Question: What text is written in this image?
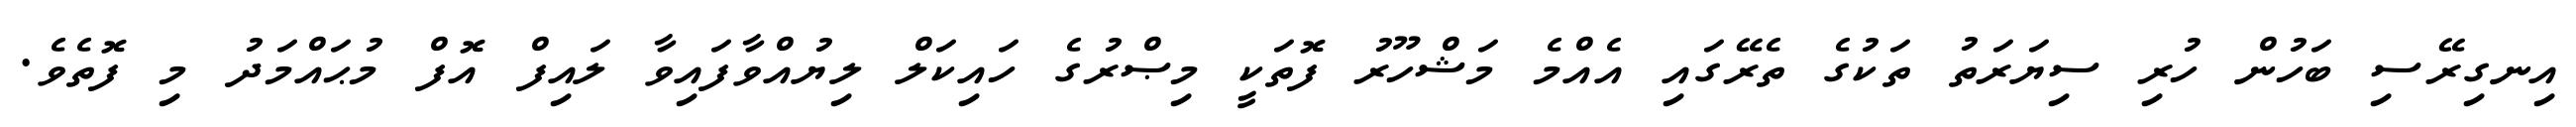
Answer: އިނގިރޭސި ބަހުން ހުރި ސިޔަރަތު ތަކުގެ ތެރޭގައި އެއްމެ މަޝްހޫރު ފޮތަކީ މިޞްރުގެ ހައިކަލް ލިޔުއްވާފައިވާ ލައިފް އޮފް މުޙައްމަދު މި ފޮތެވެ.